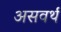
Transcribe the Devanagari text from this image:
असवर्थ